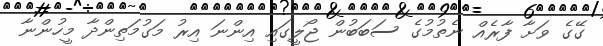
ގޭގެ ވަށާ ފާރެއް ނެތުމުގެ ސަބަބުން ޖޯލީގައި އިންނަ އިރު މަގުމަތިންދާ މީހުންނާ